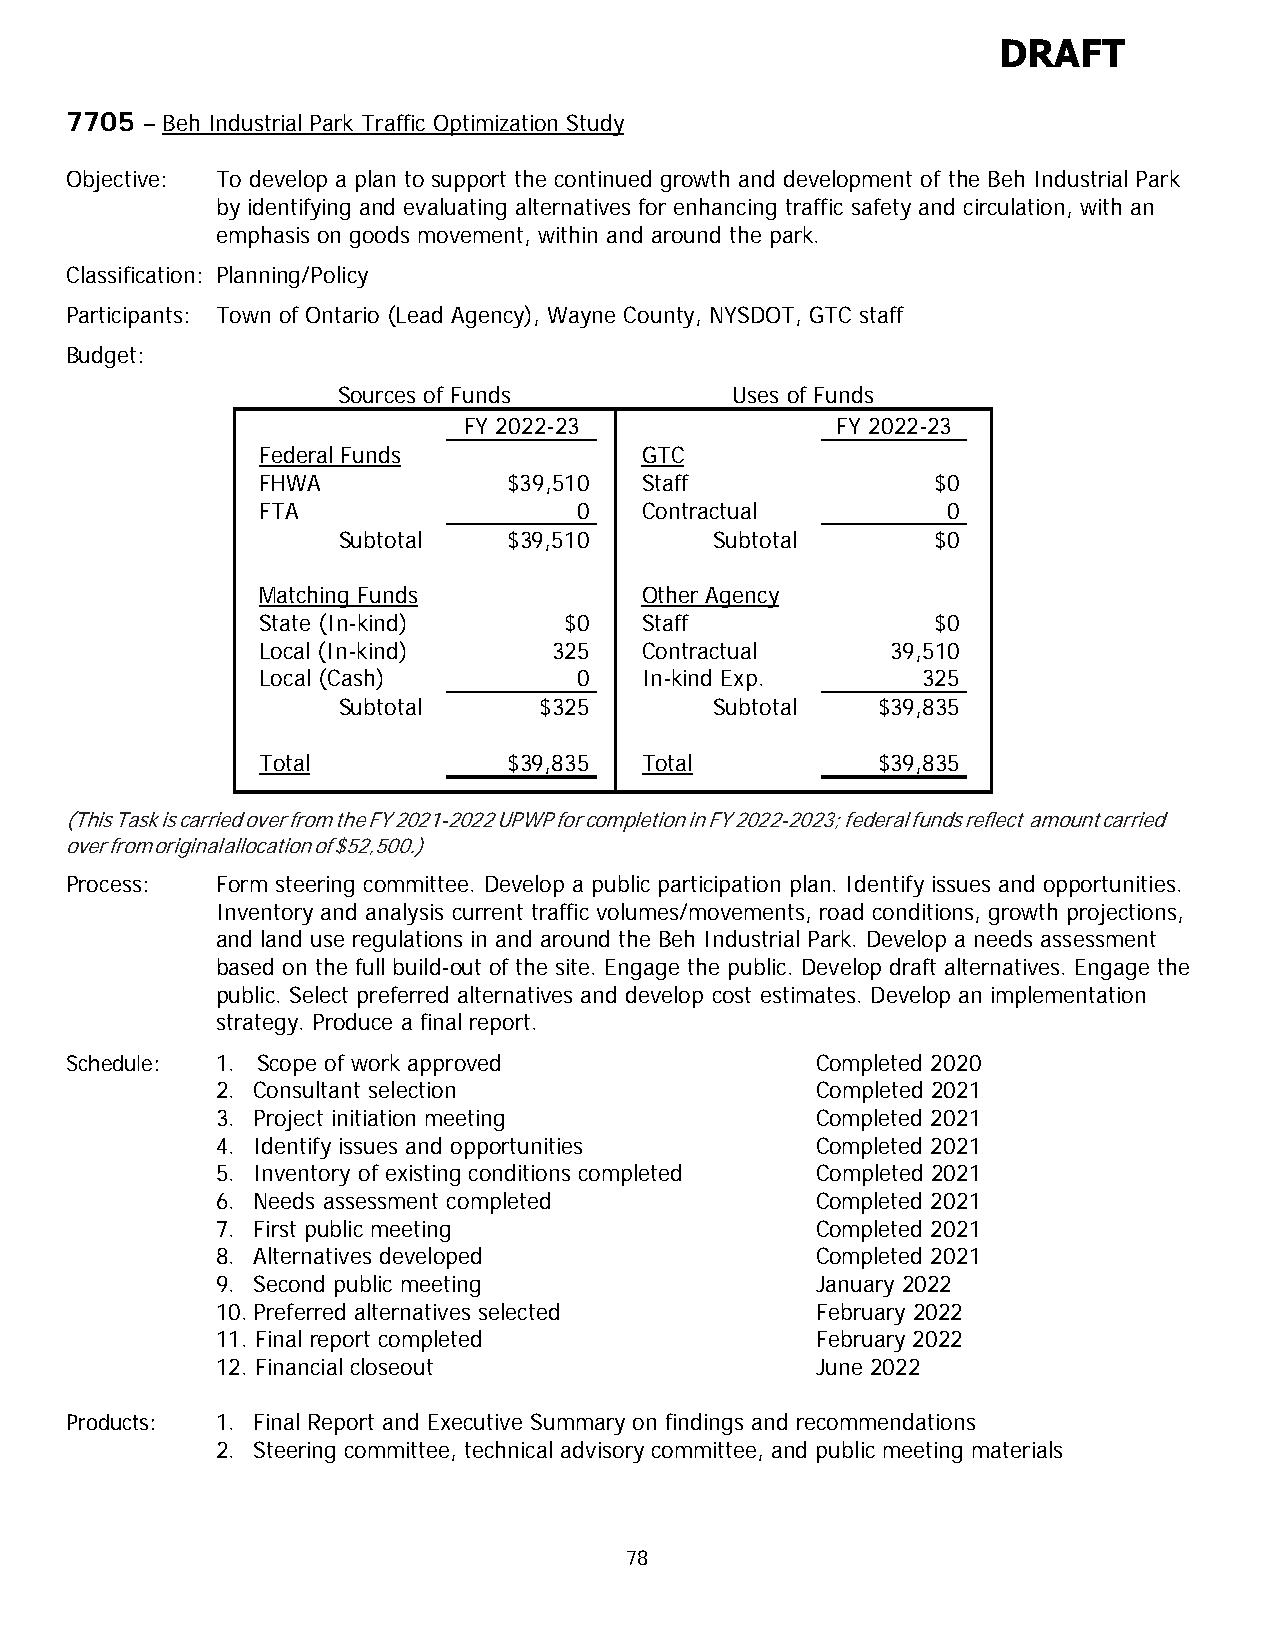
DRAFT
 7705 – Beh Industrial Park Traffic Optimization Study
 Objective: To develop a plan to support the continued growth and development of the Beh Industrial Park
 by identifying and evaluating alternatives for enhancing traffic safety and circulation, with an
 emphasis on goods movement, within and around the park.
 Classification: Planning/Policy
 Participants: Town of Ontario (Lead Agency), Wayne County, NYSDOT, GTC staff
 Budget:
 Sources of Funds          Uses of Funds
 FY 2022-23              FY 2022-23
 Federal Funds            GTC
 FHWA             $39,510 Staff               $0
 FTA                  0   Contractual          0
 Subtotal    $39,510      Subtotal       $0
 Matching Funds           Other Agency
 State (In-kind)     $0   Staff               $0
 Local (In-kind)     325  Contractual      39,510
 Local (Cash)         0   In-kind Exp.       325
 Subtotal      $325       Subtotal   $39,835
 Total            $39,835 Total           $39,835
 (This Task is carried over from the FY 2021-2022 UPWP for completion in FY 2022-2023; federal funds reflect amount carried
 over from original allocation of $52,500.)
 Process:  Form steering committee. Develop a public participation plan. Identify issues and opportunities.
 Inventory and analysis current traffic volumes/movements, road conditions, growth projections,
 and land use regulations in and around the Beh Industrial Park. Develop a needs assessment
 based on the full build-out of the site. Engage the public. Develop draft alternatives. Engage the
 public. Select preferred alternatives and develop cost estimates. Develop an implementation
 strategy. Produce a final report.
 Schedule: 1. Scope of work approved               Completed 2020
 2. Consultant selection                 Completed 2021
 3. Project initiation meeting           Completed 2021
 4. Identify issues and opportunities    Completed 2021
 5. Inventory of existing conditions completed Completed 2021
 6. Needs assessment completed           Completed 2021
 7. First public meeting                 Completed 2021
 8. Alternatives developed               Completed 2021
 9. Second public meeting                January 2022
 10. Preferred alternatives selected     February 2022
 11. Final report completed              February 2022
 12. Financial closeout                  June 2022
 Products: 1. Final Report and Executive Summary on findings and recommendations
 2. Steering committee, technical advisory committee, and public meeting materials
 78